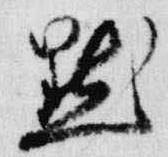
黙